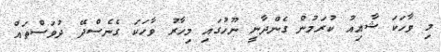
މި ވާހަކަ ޝާއިއު ކުރަމުން ގެންދާނީ ނޫހުގައި މިހާރު ވާހަކަ ގެނެސްދޭ ދުވަސްތައް